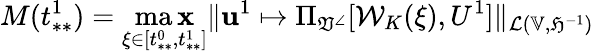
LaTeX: M(t_{**}^{1})=\operatorname*{ma\mathbf{x}}_{\xi\in[t_{**}^{0},t_{**}^{1}]}\| \mathbf{u}^{1}\mapsto\Pi_{\mathfrak{{V}}^{\angle}}[\mathcal{{W}}_{K}(\xi),U^{1}]\| _{\mathcal{{L}}(\mathbb{{V}},\mathfrak{{H}}^{-1})}